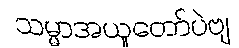
သမ္မာအယူတော်ပဲဗျ